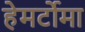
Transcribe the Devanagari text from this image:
हेमर्टोमा